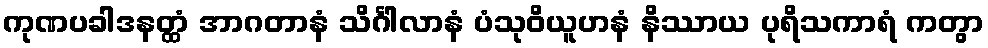
ကုဏပခါဒနတ္ထံ အာဂတာနံ သိင်္ဂါလာနံ ပံသုဝိယူဟနံ နိဿာယ ပုရိသကာရံ ကတွာ